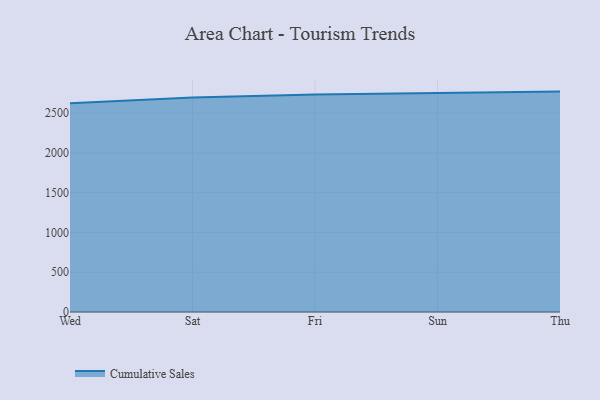
{"axis": {"x": "Day", "y": "Customer Acquisition Cost (USD)"}, "legend": ["Cumulative Sales"], "data": [{"x": "Wed", "y": 2626.0, "type": "Cumulative Sales"}, {"x": "Sat", "y": 2697.1, "type": "Cumulative Sales"}, {"x": "Fri", "y": 2735.4, "type": "Cumulative Sales"}, {"x": "Sun", "y": 2752.2, "type": "Cumulative Sales"}, {"x": "Thu", "y": 2771.3, "type": "Cumulative Sales"}]}